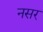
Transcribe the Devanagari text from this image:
नसर